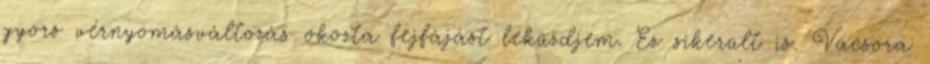
gyors vérnyomásváltozás okozta fejfájást leküzdjem. Ez sikerült is. Vacsora